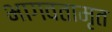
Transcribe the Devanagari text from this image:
भागवतामृत